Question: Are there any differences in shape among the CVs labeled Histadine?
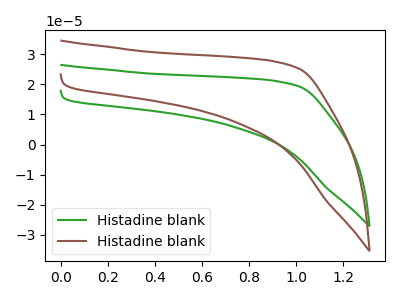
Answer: <think>The green curve "Histadine blank1" has no peaks. The brown curve "Histadine blank2" has no peaks.
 Neither "Histadine blank1" or "Histadine blank2" have any peaks.</think>
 <answer>All the CV's of "Histadine" have similar shape.</answer>
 <eval>follow_rule</eval>